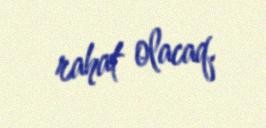
rahat olacaq.